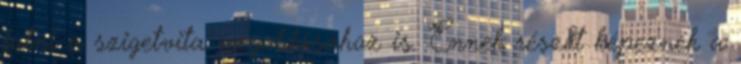
jutni a szigetvita megoldásához is. Ennek részét képeznék a